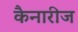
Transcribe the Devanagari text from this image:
कैनारीज